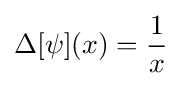
\Delta [\psi ](x)={\frac {1}{x}}